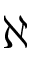
\aleph